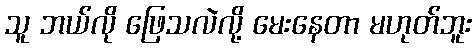
သူ ဘယ်လို ဖြေသလဲလို့ မေးနေတာ မဟုတ်ဘူး